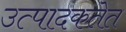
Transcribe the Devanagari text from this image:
उत्पादकतेत